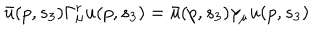
LaTeX: \bar { u } ( p , s _ { 3 } ) \Gamma _ { \mu } ^ { r } u ( p , s _ { 3 } ) = \bar { u } ( p , s _ { 3 } ) \gamma _ { \mu } u ( p , s _ { 3 } )